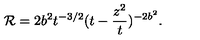
{ \cal R } = 2 b ^ { 2 } t ^ { - 3 / 2 } ( t - \frac { z ^ { 2 } } { t } ) ^ { - 2 b ^ { 2 } } .